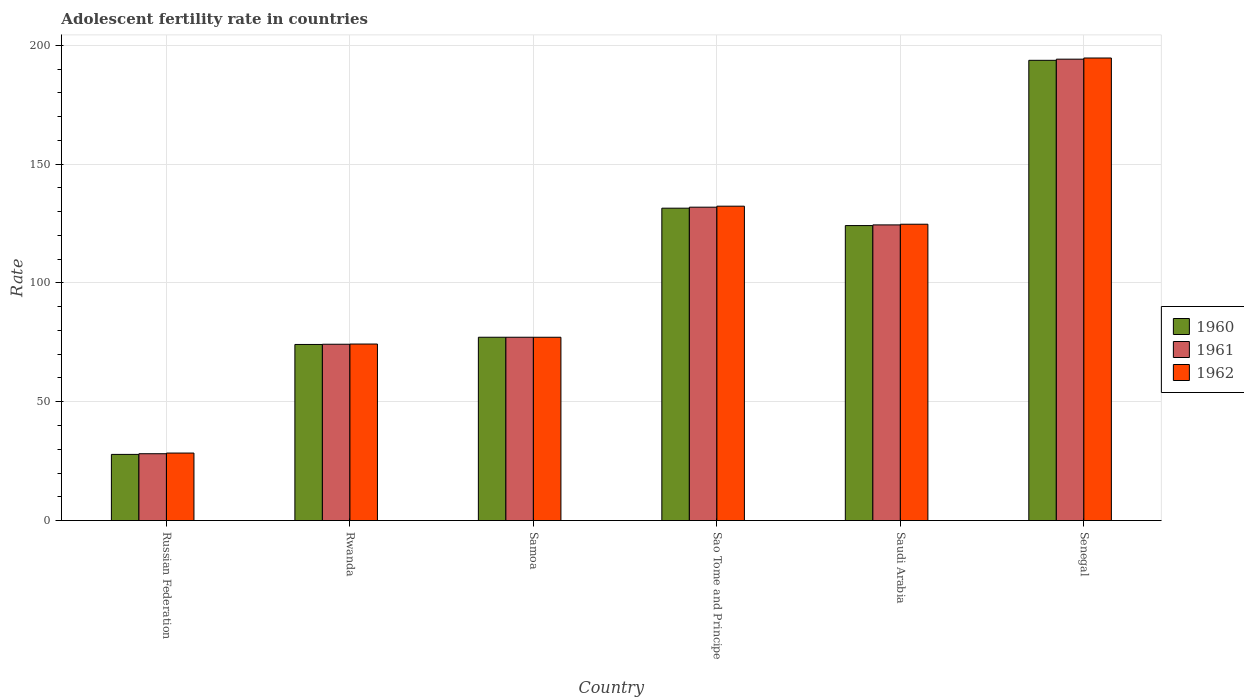
| Country | 1960 | 1961 | 1962 |
 | --- | --- | --- | --- |
 | Russian Federation | 27.9 | 28.1 | 28.4 |
 | Rwanda | 74.1 | 74.2 | 74.3 |
 | Samoa | 77.1 | 77.1 | 77.1 |
 | Sao Tome and Principe | 131 | 132 | 132 |
 | Saudi Arabia | 124 | 124 | 125 |
 | Senegal | 194 | 194 | 195 |